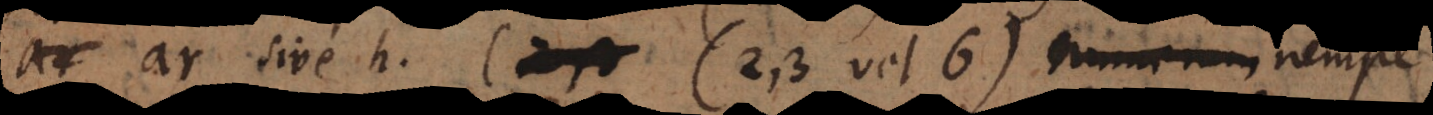
ar sive h, (2, 3 vel 6) numerum nempe